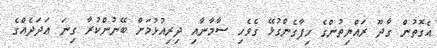
އެގޮތުން ގާދޫ ރައްޔިތުންގެ ހިފާގެންގުޅޭ ގެވެހި ސާމާނާއި ދިރިއުޅުމަށް ބޭނުންކުރާ ގިނަ ޢަދަދެއްގެ